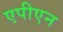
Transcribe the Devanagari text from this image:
एपीएन